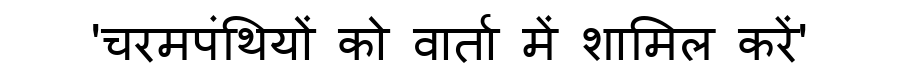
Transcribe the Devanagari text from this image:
'चरमपंथियों को वार्ता में शामिल करें'